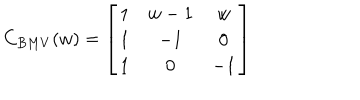
C _ { B M V } ( w ) = \left[ \begin{matrix} { { 1 } } & { { w - 1 } } & { { w } } \\ { { 1 } } & { { - 1 } } & { { 0 } } \\ { { 1 } } & { { 0 } } & { { - 1 } } \\ \end{matrix} \right]